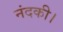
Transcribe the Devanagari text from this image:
नंदकी।